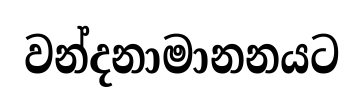
වන්දනාමානනයට